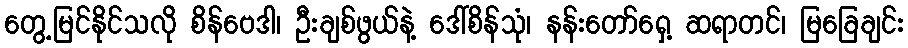
တွေ့မြင်နိုင်သလို စိန်ဗေဒါ၊ ဦးချစ်ဖွယ်နဲ့ ဒေါ်စိန်သုံ၊ နန်းတော်ရှေ့ ဆရာတင်၊ မြခြေချင်း